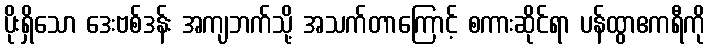
ပိုးရှိသော ဒေးဗစ်ဒန်း အကျဘက်သို့ အသက်တာကြောင့် စကားဆိုင်ရာ ပန်ထွာဧကရီကို